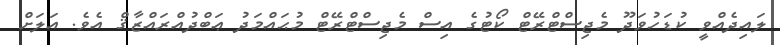
ލައިދެއްވީ ކުޑަހުވަދޫ މެޖިސްޓްރޭޓް ކޯޓުގެ އިސް މެޖިސްޓްރޭޓް މުޙައްމަދު ޢަބްދުއްރައްޒާޤް އެވެ. އަލަށް